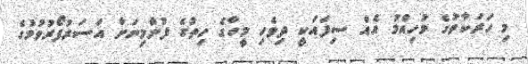
މި ހަރަކާތުގެ މުހިއްމު އެއް ސިފައަކީ ދިވެހި މީހާގެ ހިތުގެ ފުންމިނަށް އަސަރުފޯރުވުމުގެ